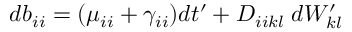
d b _ { i i } = ( \mu _ { i i } + \gamma _ { i i } ) d t ^ { \prime } + D _ { i i k l } \; d W _ { k l } ^ { \prime }